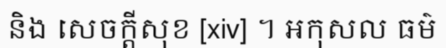
និង សេចក្តីសុខ [xiv] ។ អកុសល ធម៌